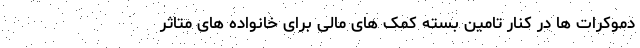
دموکرات ها در کنار تامین بسته کمک های مالی برای خانواده های متاثر